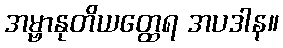
အမ္ဗာနုတိယတ္ထေရ အပဒါန။